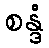
စန္ဒံ